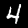
Label: 4